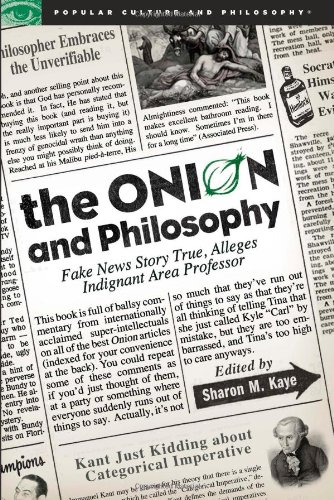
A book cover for The Onion and Philosophy: Fake News Story True, Alleges Indignant Area Professor (Popular Culture and Philosophy); Reference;